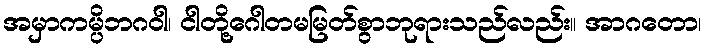
အမှာကမ္ပိဘဂဝါ၊ ငါတို့ဂေါတမမြတ်စွာဘုရားသည်လည်း။ အာဂတော၊